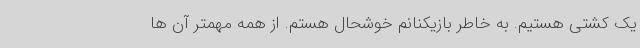
یک کشتی هستیم. به خاطر بازیکنانم خوشحال هستم. از همه مهمتر آن ها